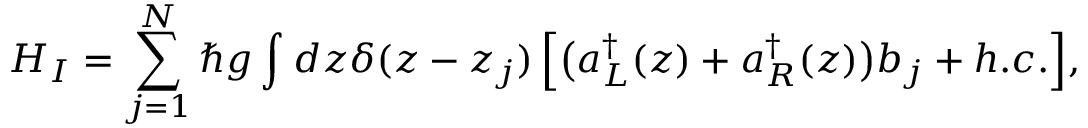
{ H _ { I } } = \sum _ { j = 1 } ^ { N } { \hbar g \int _ { } ^ { } { d z \delta ( z - { z _ { j } } ) \left[ { \big ( { a _ { L } ^ { \dag } ( z ) + a _ { R } ^ { \dag } ( z ) } \big ) { b _ { j } } + h . c . } \right] } } ,